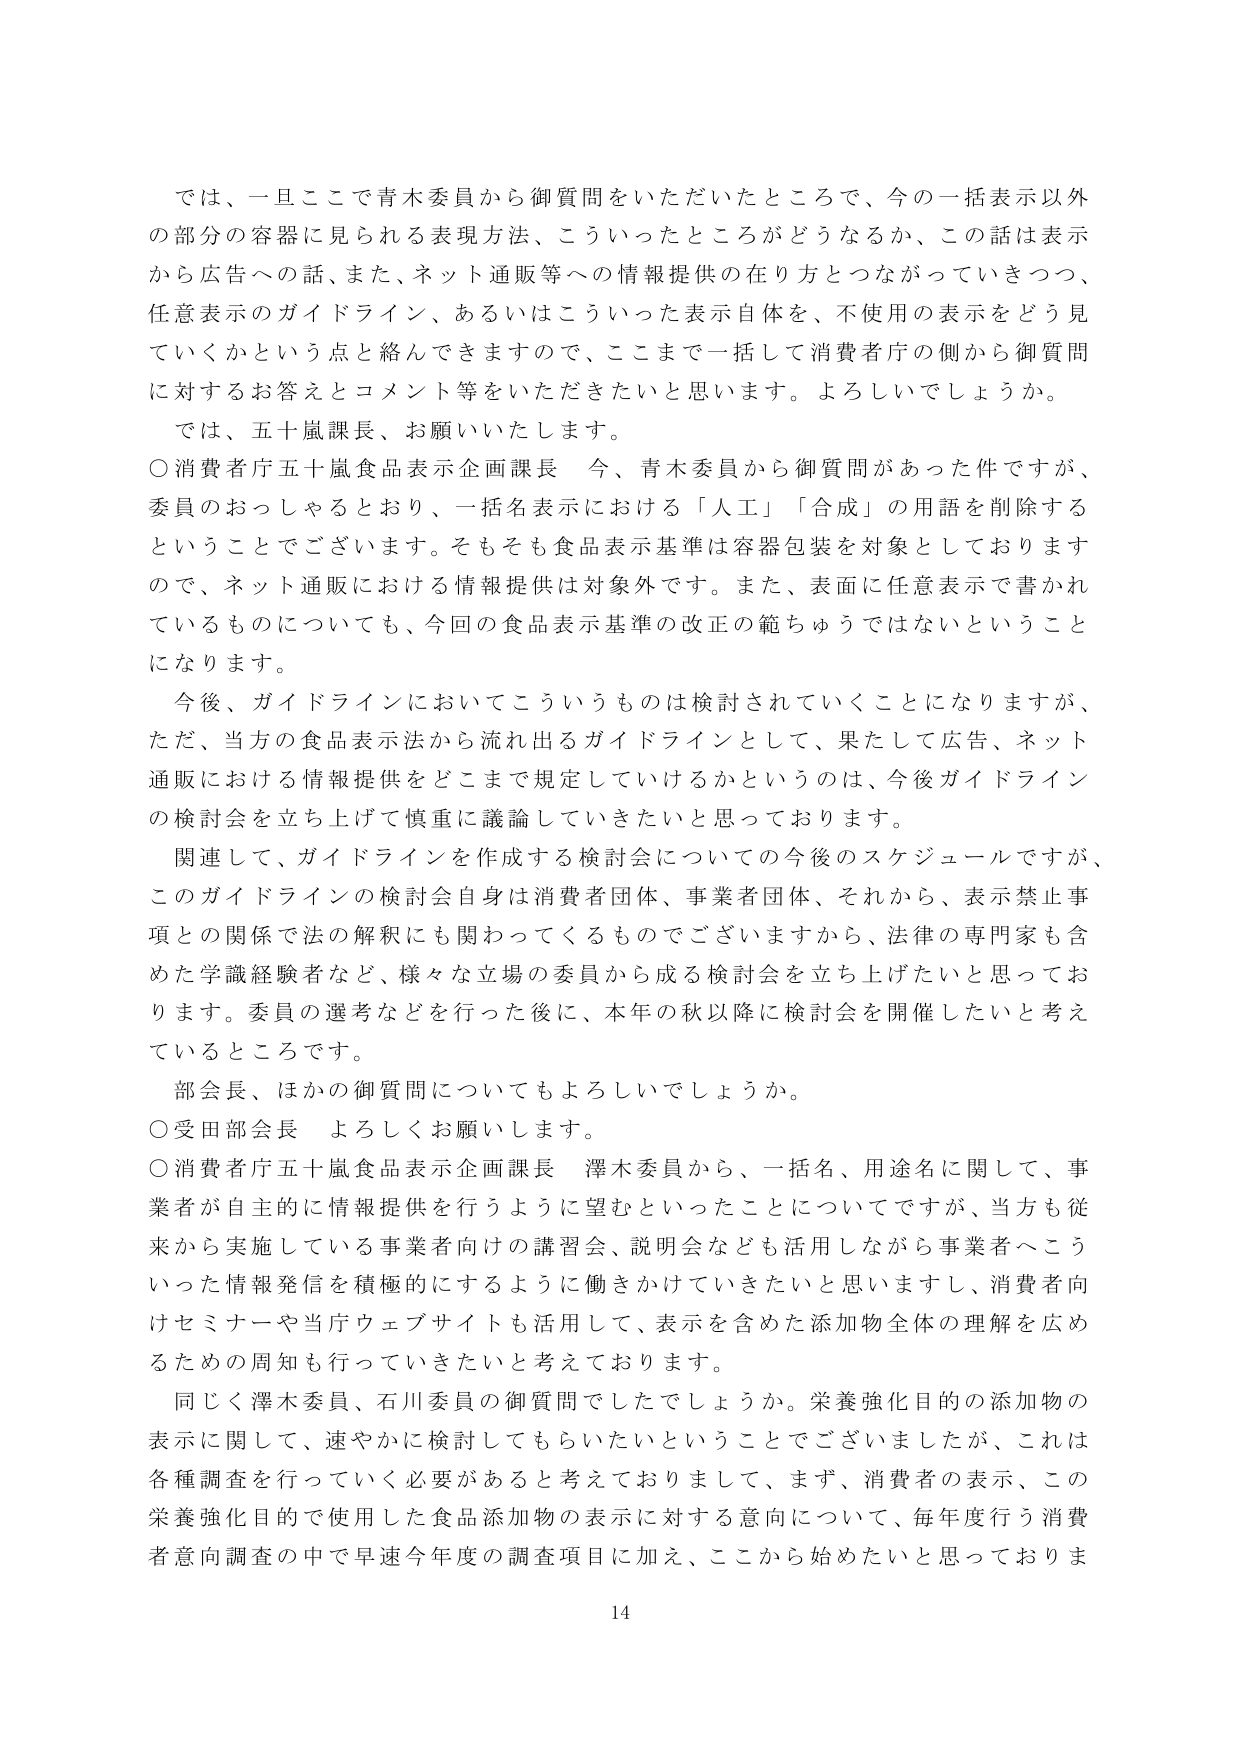
では、一旦ここで青木委員から御質問をいただいたところで、今の一括表示以外の部分の容器に見られる表現方法、こういったところがどうなるか、この話は表示から広告への話、また、ネット通販等への情報提供の在り方とつながっていきつつ、任意表示のガイドライン、あるいはこういった表示自体を、不使用の表示をどう見ていくかという点と絡んできますので、ここまで一括して消費者庁の側から御質問に対するお答えとコメント等をいただきたいと思います。よろしいでしょうか。

では、五十嵐課長、お願いいたします。

○消費者庁五十嵐食品表示企画課長　今、青木委員から御質問があった件ですが、委員のおっしゃるとおり、一括名表示における「人工」「合成」の用語を削除するということでございます。そもそも食品表示基準は容器包装を対象としておりますので、ネット通販における情報提供は対象外です。また、表面に任意表示で書かれているものについても、今回の食品表示基準の改正の範ちゅうではないということになります。

今後、ガイドラインにおいてこういうものは検討されていくことになりますが、ただ、当方の食品表示法から流れ出るガイドラインとして、果たして広告、ネット通販における情報提供をどこまで規定していけるかというのは、今後ガイドラインの検討会を立ち上げて慎重に議論していきたいと思っております。

関連して、ガイドラインを作成する検討会についての今後のスケジュールですが、このガイドラインの検討会自身は消費者団体、事業者団体、それから、表示禁止事項との関係で法の解釈にも関わってくるものでございますから、法律の専門家も含めた学識経験者など、様々な立場の委員から成る検討会を立ち上げたいと思っております。委員の選考などを行った後に、本年の秋以降に検討会を開催したいと考えているところです。

部会長、ほかの御質問についてもよろしいでしょうか。

○受田部会長　よろしくお願いします。

○消費者庁五十嵐食品表示企画課長　澤木委員から、一括名、用途名に関して、事業者が自主的に情報提供を行うように望むといったことについてですが、当方も従来から実施している事業者向けの講習会、説明会なども活用しながら事業者へこういった情報発信を積極的にするように働きかけていきたいと思いますし、消費者向けセミナーや当庁ウェブサイトも活用して、表示を含めた添加物全体の理解を広めるための周知も行っていきたいと考えております。

同じく澤木委員、石川委員の御質問でしたでしょうか。栄養強化目的の添加物の表示に関して、速やかに検討してもらいたいということでございましたが、これは各種調査を行っていく必要があると考えておりまして、まず、消費者の表示、この栄養強化目的で使用した食品添加物の表示に対する意向について、毎年度行う消費者意向調査の中で早速今年度の調査項目に加え、ここから始めたいと思っておりま

14